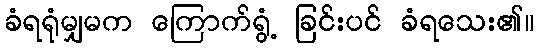
ခံရရုံမျှမက ကြောက်ရွံ့ ခြင်းပင် ခံရသေး၏။